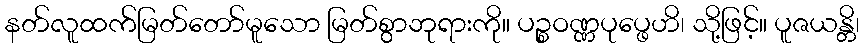
နတ်လူထက်မြတ်တော်မူသော မြတ်စွာဘုရားကို။ ပဉ္စဝဏ္ဏပုပ္ဖေဟိ၊ သို့ဖြင့်။ ပူဇယန္တိ၊